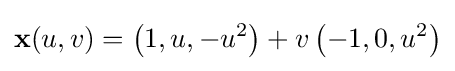
\mathbf {x} (u,v)=\left(1,u,-u^{2}\right)+v\left(-1,0,u^{2}\right)